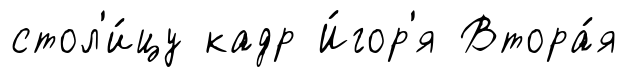
стол'и́цу кадр И́гор'я Втора́я